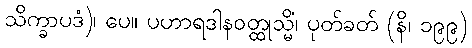
သိက္ခာပဒံ)၊ ပေ။ ပဟာရဒါနဝတ္ထုသ္မိံ၊ ပုတ်ခတ် (နိ၊ ၁၉၉)